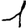
Digit: 1